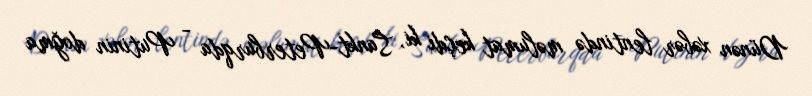
Dünən xəbər lentində məlumat keçdi ki, Sankt-Peterburqda - Putinin doğma